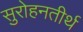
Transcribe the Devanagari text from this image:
सुरोहनतीर्थ